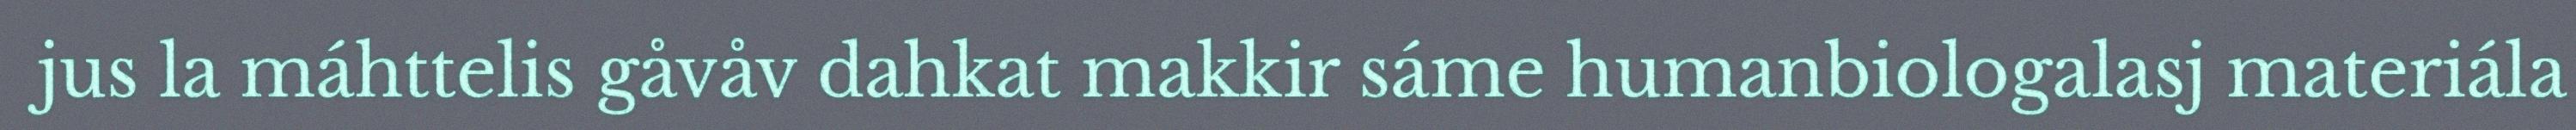
jus la máhttelis gåvåv dahkat makkir sáme humanbiologalasj materiála